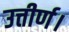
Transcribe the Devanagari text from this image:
उत्तीर्ण।